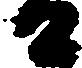
日